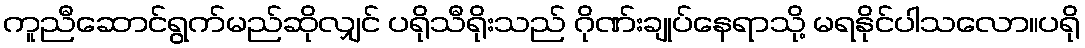
ကူညီဆောင်ရွက်မည်ဆိုလျှင် ပရိုသီရိုးသည် ဂိုဏ်းချုပ်နေရာသို့ မရနိုင်ပါသလော။ပရို